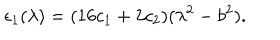
\epsilon _ { 1 } ( \lambda ) = ( 1 6 c _ { 1 } + 2 c _ { 2 } ) ( \lambda ^ { 2 } - b ^ { 2 } ) .